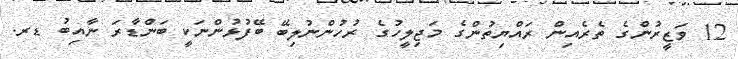
12 ވަޒީރުންގެ ތެރެއިން ރައްޔިތުންގެ މަޖިލީހުގެ ރުހުންނުލިބޭ ބޭފުޅުންނަކީ ބަންޑާރަ ނާއިބު ޑރ.